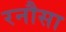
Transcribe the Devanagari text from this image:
रनौसा